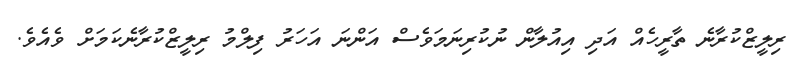
ރިލީޒްކުރާނެ ތާރީހެއް އަދި އިއުލާން ނުކުރިނަމަވެސް އަންނަ އަހަރު ފިލްމު ރިލީޒްކުރާނެކަމަށް ވެއެވެ.